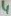
Text: 4